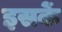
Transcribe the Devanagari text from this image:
इसकें